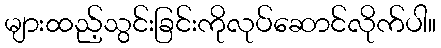
များထည့်သွင်းခြင်းကိုလုပ်ဆောင်လိုက်ပါ။